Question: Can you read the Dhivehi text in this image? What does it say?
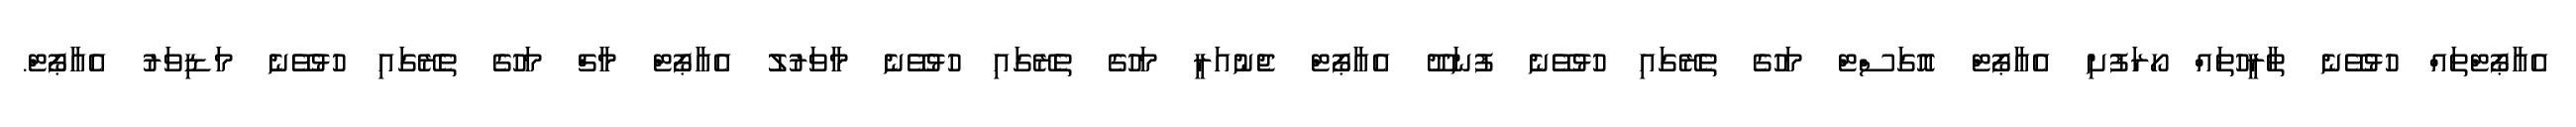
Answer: އެއާޕޯޓްތައް ހުޅުވޭނެ ތާރީހުތައް ހޯރަފުށި އެއާޕޯޓް އޮގަސްޓް މަހުގެ ތެރޭގައި ހުޅުވޭނެ ފުނަދޫ އެއާޕޯޓް ޖެނުއަރީ މަހުގެ ތެރޭގައި ހުޅުވޭނެ މާވަރުލު އެއާޕޯޓް މާޗް މަހުގެ ތެރޭގައި ހުޅުވޭނެ މަޑިވަރު އެއާޕޯޓް.